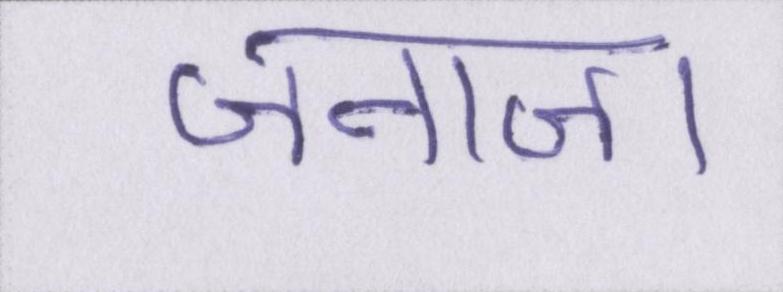
जनाजा